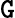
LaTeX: \mathtt{G}